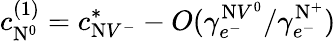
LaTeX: c_{\mathrm{N}^{0}}^{(1)}=c_{\mathrm{N}V^{-}}^{*}-O({\gamma_{e^{-}}^{\mathrm{N}V^{0}}/{\gamma_{e^{-}}^{\mathrm{N}^{+}}}})